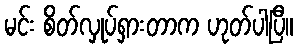
မင်း စိတ်လှုပ်ရှားတာက ဟုတ်ပါပြီ။